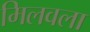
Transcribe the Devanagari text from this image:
मिलवला